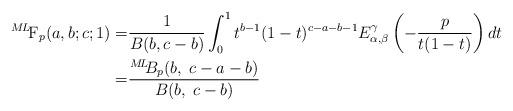
LaTeX: \begin{align*} {}^{M\!L\!}\textrm{F}_{p}(a,b;c;1)=&\frac{1}{B(b,c-b)} \int_{0}^{1}t^{b-1}(1-t)^{c-a-b-1}E_{\alpha, \beta}^{\gamma}\left(-\frac{p}{t(1-t)}\right)dt& \\ =& \frac{{}^{M\!L\!\!}B_{p}(b,\;c-a-b)}{B(b,\;c-b)}&\end{align*}